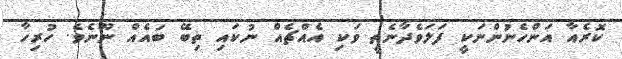
ކޮރެއާ އަންހެނުންނަކީ ފަލަވެދާނެތީ ވަކި އެއްޗެއް ނުކައި ތިބޭ ބައެއް ނޫނެވެ. ހުރިހާ